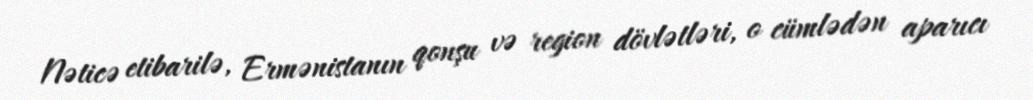
Nəticə etibarilə, Ermənistanın qonşu və region dövlətləri, o cümlədən aparıcı